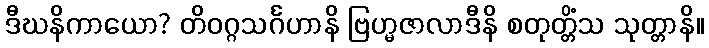
ဒီဃနိကာယော? တိဝဂ္ဂသင်္ဂဟာနိ ဗြဟ္မဇာလာဒီနိ စတုတ္တိံသ သုတ္တာနိ။